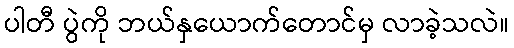
ပါတီ ပွဲကို ဘယ်နှယောက်တောင်မှ လာခဲ့သလဲ။